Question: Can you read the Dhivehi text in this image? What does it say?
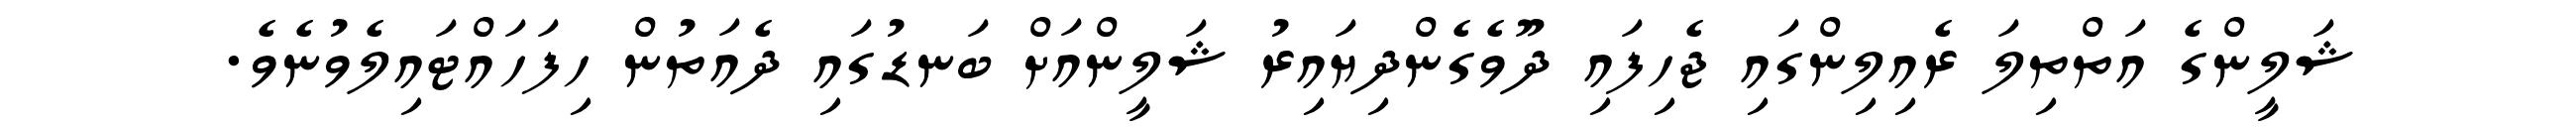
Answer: ޝަލީންގެ އަތްތިލަ ރެއިލިންގައި ޖެހިފައި ދޫވެގެންދިޔައިރު ޝަލީންއަށް ބަނޑުގައި ދެއަތުން ހިފަހައްޓައިލެވުނެވެ.